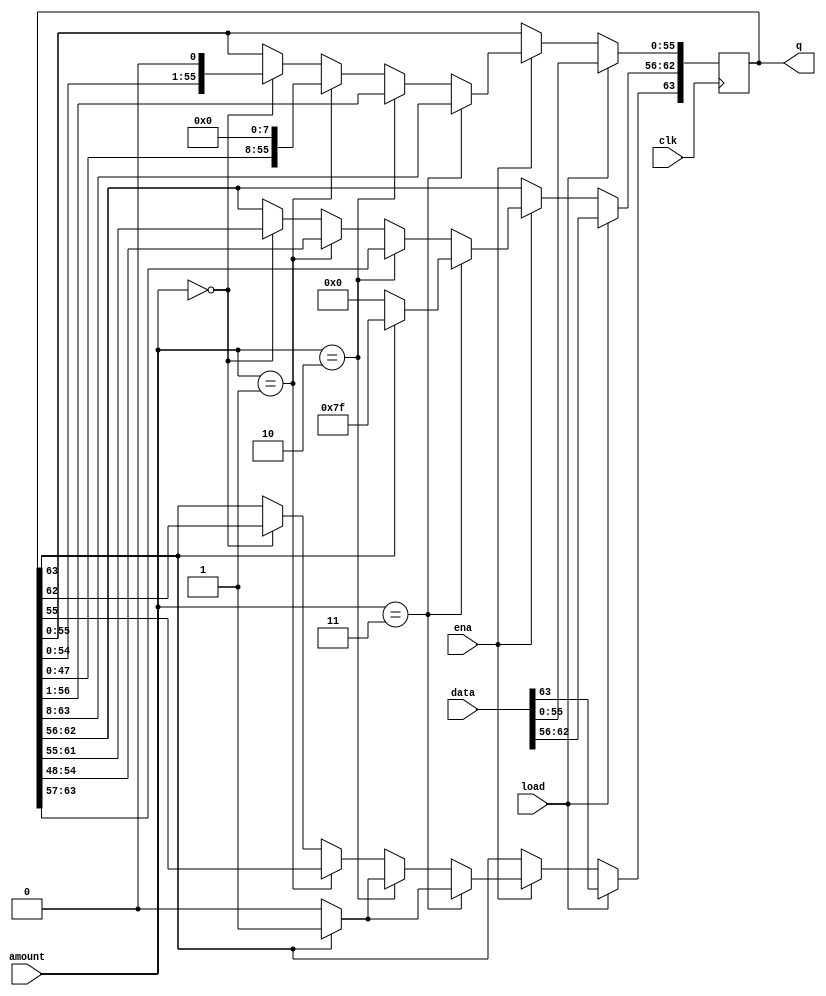
module top_module(
    input clk,
    input load,
    input ena,
    input [1:0] amount,
    input [63:0] data,
    output reg [63:0] q); 

	always @(posedge clk) begin
		if(load) q <= data;
		else begin
			if(ena) begin
				if(amount == 2'b00) q <= (q << 1);
				if(amount == 2'b01) q <= (q << 8);
				if(amount == 2'b10) begin
					if(q[63] == 0) q <= (q >> 1);
					else begin
						q <= (q >> 1);
						q[63] <= 1'b1;
					end
				end
                if(amount == 2'b11) begin
					if(q[63] == 0) q <= (q >> 8);
					else begin
						q <= (q >> 8);
						q[63:56] <= {8{1'b1}};
					end
				end
			end
		end
	end

endmodule